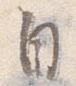
自